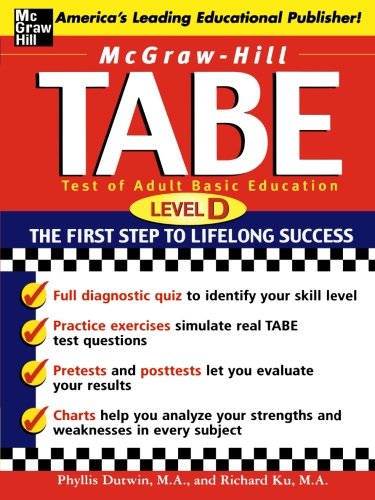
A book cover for McGraw-Hill's TABE Level D: Test of Adult Basic Education: The First Step to Lifelong Success; Phyllis Dutwin; Test Preparation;